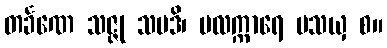
တင်္ခဏေ သဇ္ဇု သပဒိ၊ ဗလက္ကာရေ ပသယှ စ။